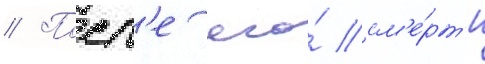
// Посл'е его́ см'е́рт'и